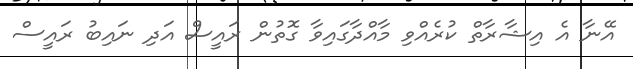
އޭނާ އެ އިޝާރާތް ކުރެއްވި މާއްދާގައިވާ ގޮތުން ރައީސް އަދި ނައިބު ރައީސް